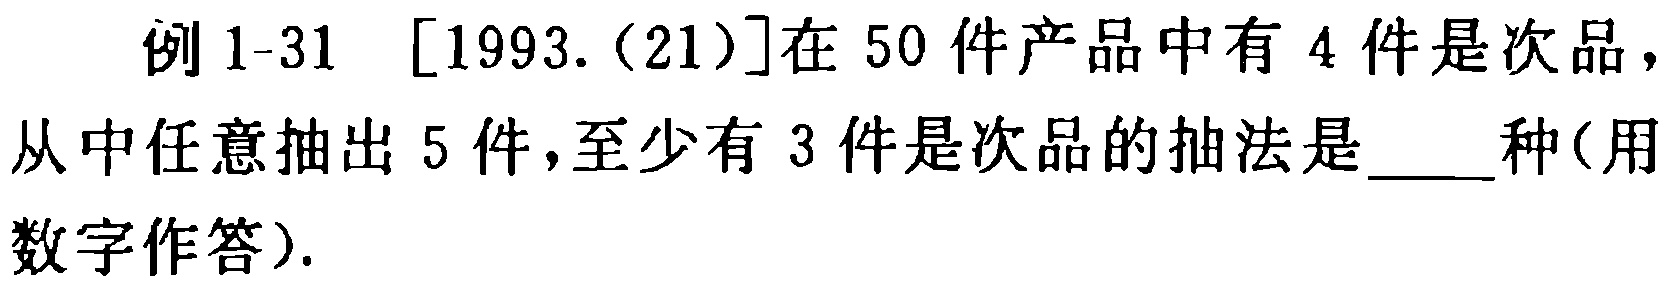
例1-31 [1993.(21)]在50件产品中有4件是次品，从中任意抽出5件，至少有3件是次品的抽法是____种(用数字作答).